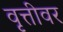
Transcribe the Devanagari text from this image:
वृत्तीवर